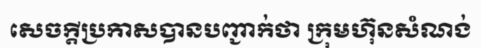
សេចក្តីប្រកាសបានបញ្ជាក់ថា ក្រុមហ៊ុនសំណង់